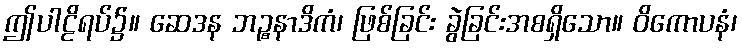
ဤပါဠိရပ်၌။ ဆေဒန ဘဉ္စနာဒိကံ၊ ဖြစ်ခြင်း ခွဲခြင်းအစရှိသော။ ဝိကောပနံ၊